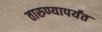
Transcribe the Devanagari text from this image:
तारुण्यापर्यंत